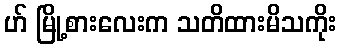
ဟ် မြို့စားလေးက သတိထားမိသကိုး